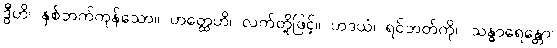
ဒွီဟိ၊ နှစ်ဘက်ကုန်သော။ ဟတ္ထေဟိ၊ လက်တို့ဖြင့်။ ဟဒယံ၊ ရင်ဘတ်ကို။ သန္ဓာရေန္တော၊